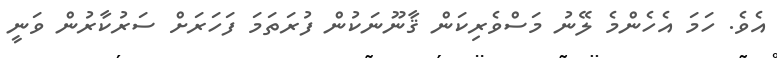
އެވެ. ހަމަ އެހެންމެ ލޭނު މަސްވެރިކަން ޤާނޫނަކުން ފުރަތަމަ ފަހަަރަށް ސަރުކާރުން ވަނީ